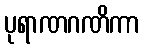
ပုရာဏဂဏိကာ